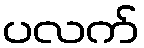
ပလက်